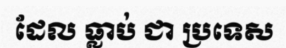
ដែល ធ្លាប់ ជា ប្រទេស